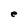
Character: e